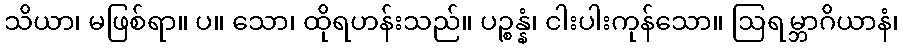
သိယာ၊ မဖြစ်ရာ။ ပ။ သော၊ ထိုရဟန်းသည်။ ပဉ္စန္နံ၊ ငါးပါးကုန်သော။ ဩရမ္ဘာဂိယာနံ၊